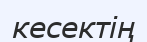
кесектің